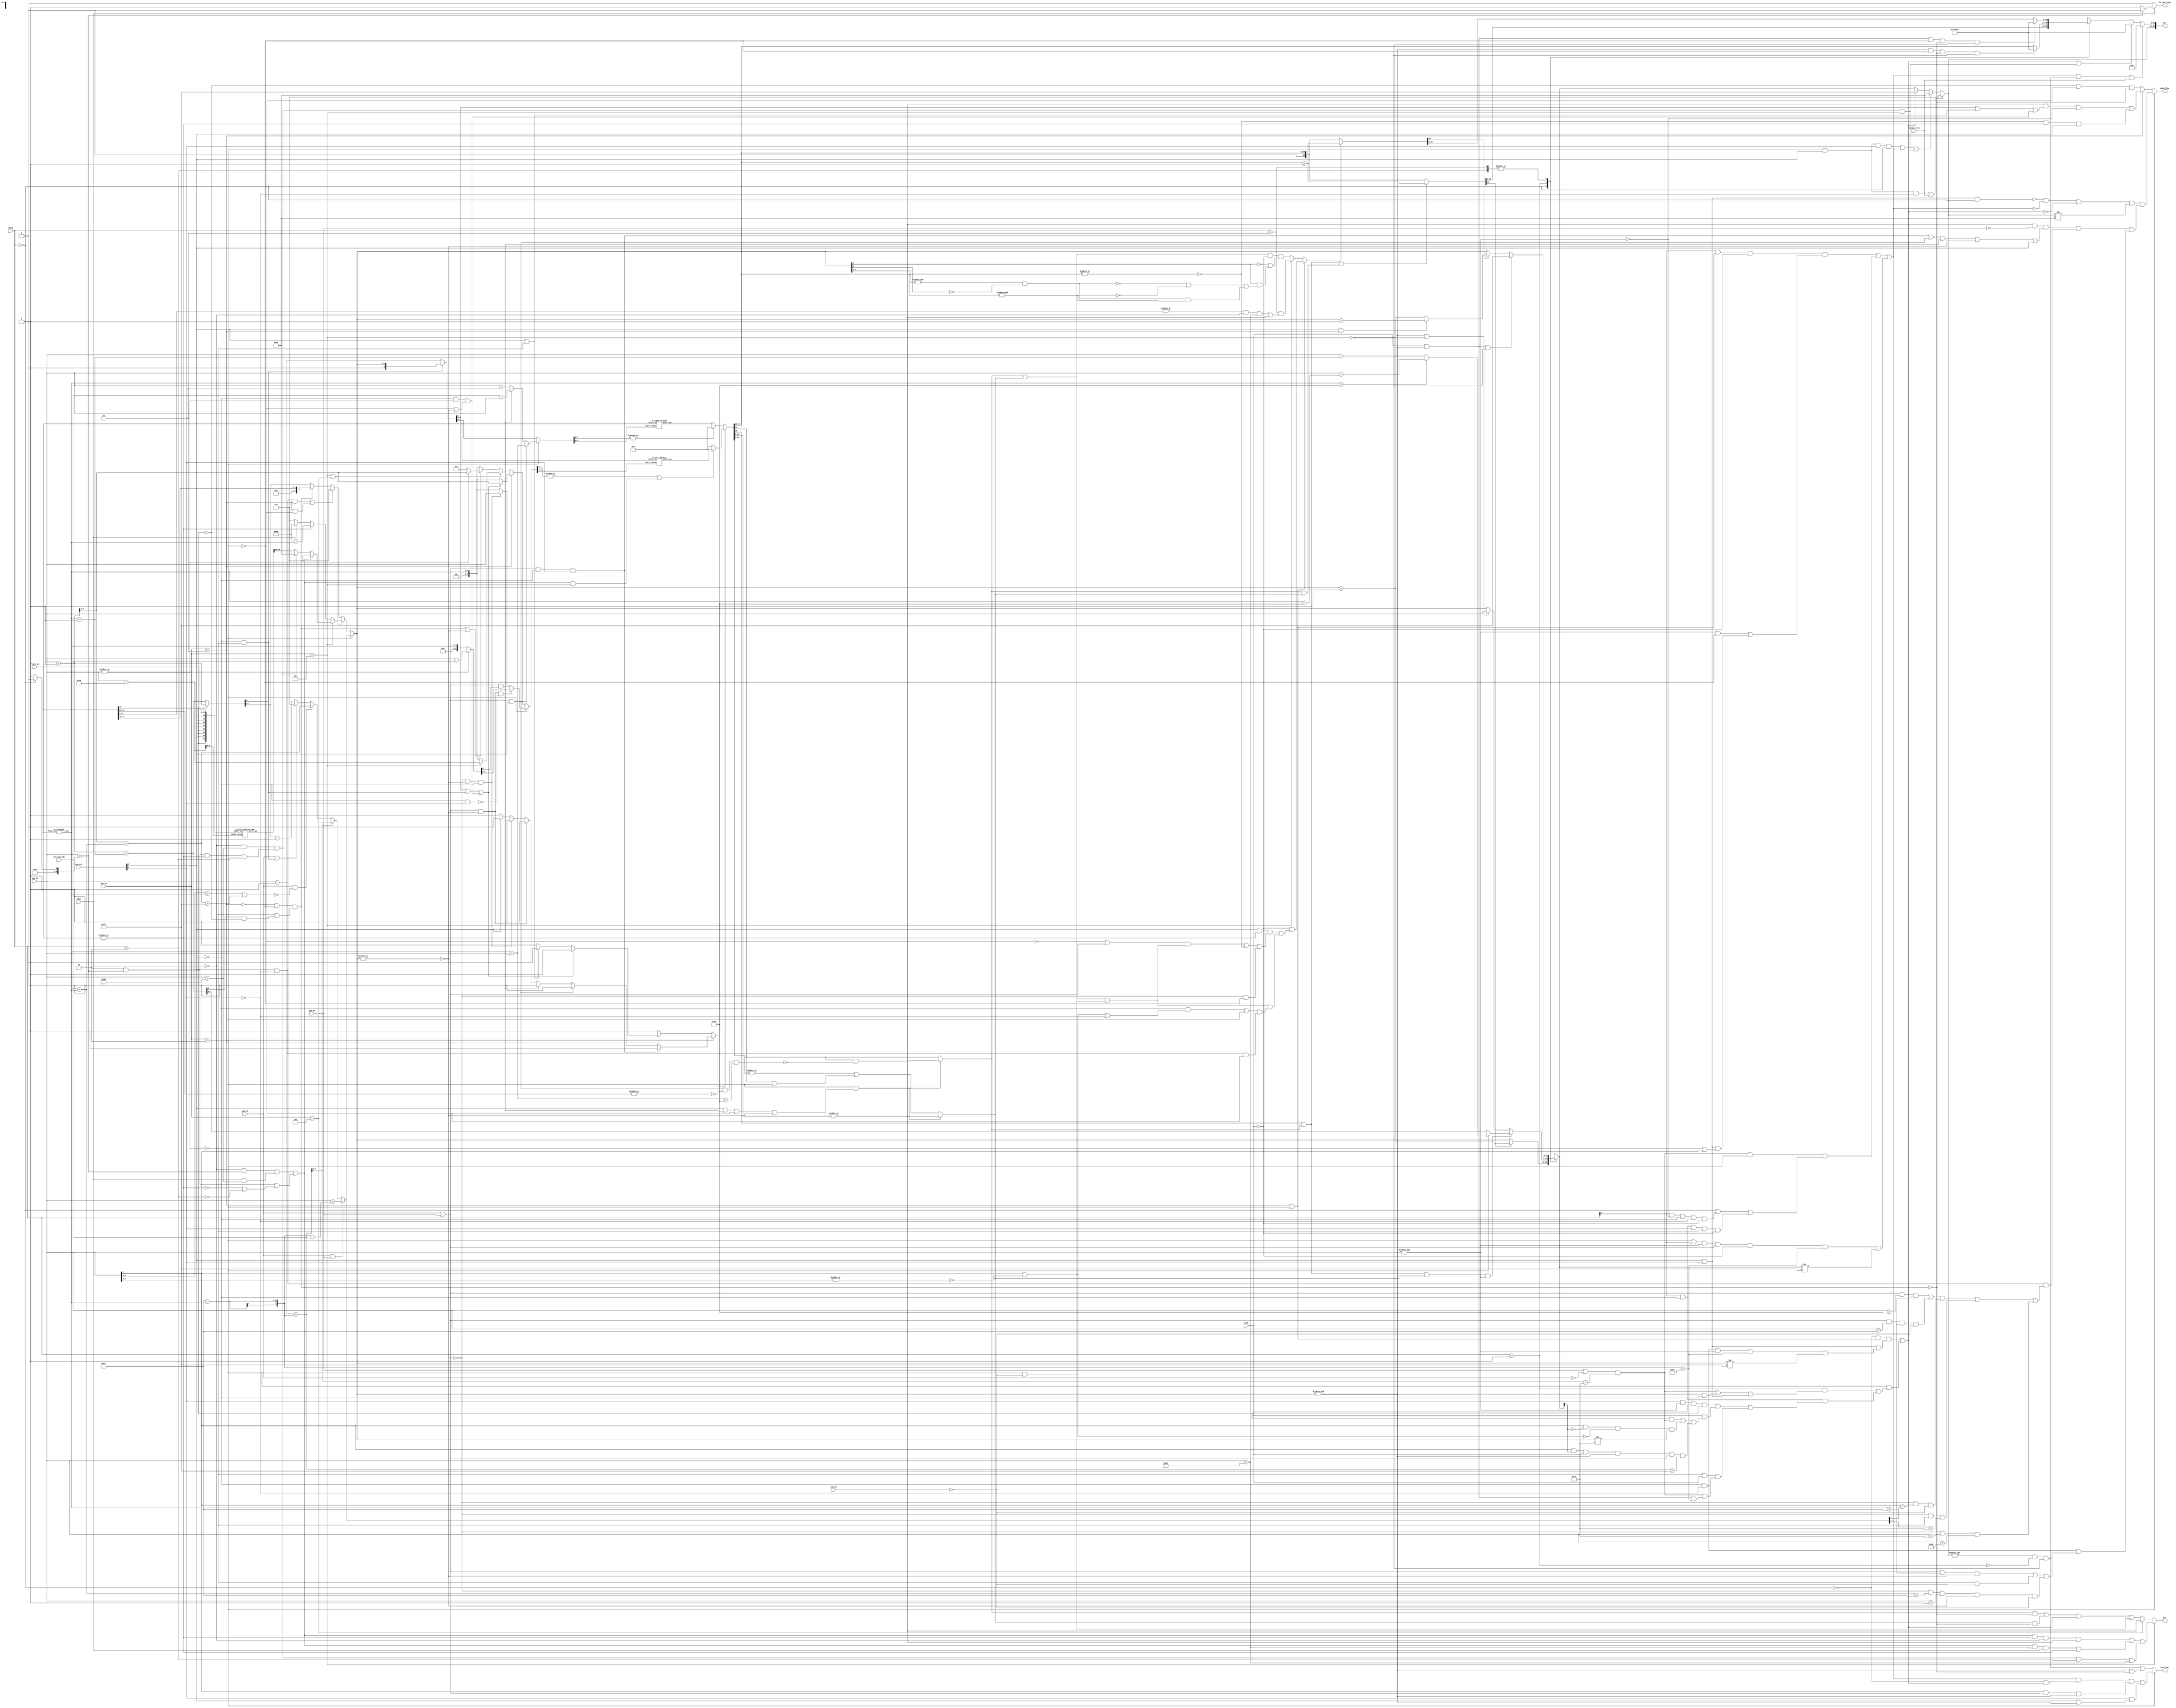
`define BITS 32         // Bit width of the operands
`define NumPath 34     

module post_norm( fpu_op, opas, sign, rmode, fract_in, exp_in, exp_ovf,
		opa_dn, opb_dn, rem_00, div_opa_ldz, output_zero, out,
		ine, overflow, underflow, f2i_out_sign);
	input	[2:0]	fpu_op;
	input		opas;
	input		sign;
	input	[1:0]	rmode;
	input	[47:0]	fract_in;
	input	[7:0]	exp_in;
	input	[1:0]	exp_ovf;
	input		opa_dn, opb_dn;
	input		rem_00;
	input	[4:0]	div_opa_ldz;
	input		output_zero;
	output	[30:0]	out;
	output		ine;
	output		overflow, underflow;
	output		f2i_out_sign;

	////////////////////////////////////////////////////////////////////////
	//
	// Local Wires and registers
	//

	wire	[22:0]	fract_out;
	wire	[7:0]	exp_out;
	wire	[30:0]	out;
	wire		exp_out1_co, overflow, underflow;
	wire	[22:0]	fract_out_final;
	reg	[22:0]	fract_out_rnd;
	wire	[8:0]	exp_next_mi;
	wire		dn;
	wire		exp_rnd_adj;
	wire	[7:0]	exp_out_final;
	reg	[7:0]	exp_out_rnd;
	wire		op_dn;

	wire		op_mul;
	wire		op_div;
	wire		op_i2f;
	wire		op_f2i;


	//reg	[5:0]	fi_ldz;
	wire	[5:0]	fi_ldz;

	wire		g, r, s;
	wire		round, round2, round2a, round2_fasu, round2_fmul;
	wire	[7:0]	exp_out_rnd0, exp_out_rnd1, exp_out_rnd2, exp_out_rnd2a;
	wire	[22:0]	fract_out_rnd0, fract_out_rnd1, fract_out_rnd2, fract_out_rnd2a;
	wire		exp_rnd_adj0, exp_rnd_adj2a;
	wire		r_sign;
	wire		ovf0, ovf1;
	wire	[23:0]	fract_out_pl1;
	wire	[7:0]	exp_out_pl1, exp_out_mi1;
	wire		exp_out_00, exp_out_fe, exp_out_ff, exp_in_00, exp_in_ff;
	wire		exp_out_final_ff, fract_out_7fffff;
	wire	[24:0]	fract_trunc;
	wire	[7:0]	exp_out1;
	wire		grs_sel;
	wire		fract_out_00, fract_in_00;
	wire		shft_co;
	wire	[8:0]	exp_in_pl1, exp_in_mi1;
	wire	[47:0]	fract_in_shftr;
	wire	[47:0]	fract_in_shftl;

	// for block shifter
	wire	[47:0]	fract_in_shftr_1;
	wire	[47:0]	fract_in_shftl_1;
	// end for block shifter

	wire	[7:0]	exp_div;
	wire	[7:0]	shft2;
	wire	[7:0]	exp_out1_mi1;
	wire		div_dn;
	wire		div_nr;
	wire		grs_sel_div;

	wire		div_inf;
	wire	[6:0]	fi_ldz_2a;
	wire	[7:0]	fi_ldz_2;
	wire	[7:0]	div_shft1, div_shft2, div_shft3, div_shft4;
	wire		div_shft1_co;
	wire	[8:0]	div_exp1;
	wire	[7:0]	div_exp2, div_exp3;
	wire		left_right, lr_mul, lr_div;
	wire	[7:0]	shift_right, shftr_mul, shftr_div;
	wire	[7:0]	shift_left,  shftl_mul, shftl_div;
	wire	[7:0]	fasu_shift;
	wire	[7:0]	exp_fix_div;

	wire	[7:0]	exp_fix_diva, exp_fix_divb;
	wire	[5:0]	fi_ldz_mi1;
	wire	[5:0]	fi_ldz_mi22;
	wire		exp_zero;
	wire	[6:0]	ldz_all;
	wire	[7:0]	ldz_dif;

	wire	[8:0]	div_scht1a;
	wire	[7:0]	f2i_shft;
	wire	[55:0]	exp_f2i_1;
	wire		f2i_zero, f2i_max;
	wire	[7:0]	f2i_emin;
	wire	[7:0]	conv_shft;
	wire	[7:0]	exp_i2f, exp_f2i, conv_exp;
	wire		round2_f2i;


	assign		op_mul = fpu_op[2:0]==3'b010;
	assign		op_div = fpu_op[2:0]==3'b011;
	assign		op_i2f = fpu_op[2:0]==3'b100;
	assign		op_f2i = fpu_op[2:0]==3'b101;
	assign		op_dn = opa_dn | opb_dn;

	pri_encoder u6(
		.fract_in (fract_in),
		.fi_ldz (fi_ldz)
	);

	// ---------------------------------------------------------------------
	// Normalize

	wire		exp_in_80;
	wire		rmode_00, rmode_01, rmode_10, rmode_11;

	// Misc common signals
	assign exp_in_ff        = &exp_in;
	assign exp_in_00        = !(|exp_in);
	assign exp_in_80	= exp_in[7] & !(|exp_in[6:0]);
	assign exp_out_ff       = &exp_out;
	assign exp_out_00       = !(|exp_out);
	assign exp_out_fe       = &exp_out[7:1] & !exp_out[0];
	assign exp_out_final_ff = &exp_out_final;

	assign fract_out_7fffff = &fract_out;
	assign fract_out_00     = !(|fract_out);
	assign fract_in_00      = !(|fract_in);

	assign rmode_00 = (rmode==2'b00);
	assign rmode_01 = (rmode==2'b01);
	assign rmode_10 = (rmode==2'b10);
	assign rmode_11 = (rmode==2'b11);

	// Fasu Output will be denormalized ...
	assign dn = !op_mul & !op_div & (exp_in_00 | (exp_next_mi[8] & !fract_in[47]) );

	// ---------------------------------------------------------------------
	// Fraction Normalization
	wire[7:0] f2i_emax;
	assign f2i_emax = 8'h9d;
	//parameter	f2i_emax = 8'h9d;

	// Incremented fraction for rounding
	assign fract_out_pl1 = {1'b0, fract_out} + 24'h000001;

	// Special Signals for f2i
	assign f2i_emin = rmode_00 ? 8'h7e : 8'h7f;
	assign f2i_zero = (!opas & (exp_in<f2i_emin)) | (opas & (exp_in>f2i_emax)) | (opas & (exp_in<f2i_emin) & (fract_in_00 | !rmode_11));
	assign f2i_max = (!opas & (exp_in>f2i_emax)) | (opas & (exp_in<f2i_emin) & !fract_in_00 & rmode_11);

	// Calculate various shifting options

	assign {shft_co,shftr_mul} = (!exp_ovf[1] & exp_in_00) ? {1'b0, exp_out} : exp_in_mi1 ;
	assign {div_shft1_co, div_shft1} = exp_in_00 ? {1'b0, div_opa_ldz} : div_scht1a;
	assign div_scht1a = {1'b0, exp_in}-{4'b0, div_opa_ldz}; // 9 bits - includes carry out
	assign div_shft2  = exp_in+8'h02;
	assign div_shft3  = {3'b0, div_opa_ldz}+exp_in;
	assign div_shft4  = {3'b0, div_opa_ldz}-exp_in;

	assign div_dn    = op_dn & div_shft1_co;
	assign div_nr    = op_dn & exp_ovf[1]  & !(|fract_in[46:23]) & (div_shft3>8'h16);

	assign f2i_shft  = exp_in-8'h7d;

	// Select shifting direction
	assign left_right = op_div ? lr_div : op_mul ? lr_mul :1'b1;

	assign lr_div = 	(op_dn & !exp_ovf[1] & exp_ovf[0])     ? 1'b1 :
				(op_dn & exp_ovf[1])                   ? 1'b0 :
				(op_dn & div_shft1_co)                 ? 1'b0 :
				(op_dn & exp_out_00)                   ? 1'b1 :
				(!op_dn & exp_out_00 & !exp_ovf[1])    ? 1'b1 :
				exp_ovf[1]                             ? 1'b0 :
					                                 1'b1;
	assign lr_mul = 	(shft_co | (!exp_ovf[1] & exp_in_00) |
				(!exp_ovf[1] & !exp_in_00 & (exp_out1_co | exp_out_00) )) ? 	1'b1 :
				( exp_ovf[1] | exp_in_00 ) ?					1'b0 :
												1'b1;

	// Select Left and Right shift value
	assign fasu_shift  = (dn | exp_out_00) ? (exp_in_00 ? 8'h02 : exp_in_pl1[7:0]) : {2'h0, fi_ldz};
	assign shift_right = op_div ? shftr_div : shftr_mul;

	assign conv_shft = op_f2i ? f2i_shft : {2'h0, fi_ldz};

	assign shift_left  = op_div ? shftl_div : op_mul ? shftl_mul : (op_f2i | op_i2f) ? conv_shft : fasu_shift;

	assign shftl_mul = 	(shft_co |
				(!exp_ovf[1] & exp_in_00) |
				(!exp_ovf[1] & !exp_in_00 & (exp_out1_co | exp_out_00))) ? exp_in_pl1[7:0] : {2'h0, fi_ldz};

	assign shftl_div = 	( op_dn & exp_out_00 & !(!exp_ovf[1] & exp_ovf[0]))	? div_shft1[7:0] :
				(!op_dn & exp_out_00 & !exp_ovf[1])    			? exp_in[7:0] :
					                                		 {2'h0, fi_ldz};
	assign shftr_div = 	(op_dn & exp_ovf[1])                   ? div_shft3 :
				(op_dn & div_shft1_co)                 ? div_shft4 : div_shft2;
	// Do the actual shifting
	//assign fract_in_shftr   = (|shift_right[7:6])                      ? 0 : fract_in>>shift_right[5:0];
	//assign fract_in_shftl   = (|shift_left[7:6] | (f2i_zero & op_f2i)) ? 0 : fract_in<<shift_left[5:0];

	b_right_shifter u1(
		.shift_in (fract_in),
		.shift_value (shift_right[5:0]),
		.shift_out (fract_in_shftr_1)
	);

	assign fract_in_shftr   = (|shift_right[7:6]) ? 48'b0 : fract_in_shftr_1; // fract_in>>shift_right[5:0];


	b_left_shifter u7(
		.shift_in (fract_in),
		.shift_value (shift_left[5:0]),
		.shift_out (fract_in_shftl_1)
	);

	assign fract_in_shftl   = (|shift_left[7:6] | (f2i_zero & op_f2i)) ? 48'b0 : fract_in_shftl_1; // fract_in<<shift_left[5:0];


	// Chose final fraction output
	assign {fract_out,fract_trunc} = left_right ? fract_in_shftl : fract_in_shftr;

	// ---------------------------------------------------------------------
	// Exponent Normalization

	assign fi_ldz_mi1    = fi_ldz - 6'h01;
	assign fi_ldz_mi22   = fi_ldz - 6'd22;
	assign exp_out_pl1   = exp_out + 8'h01;
	assign exp_out_mi1   = exp_out - 8'h01;
	assign exp_in_pl1    = {1'b0, exp_in}  + 9'd1;	// 9 bits - includes carry out
	assign exp_in_mi1    = {1'b0, exp_in}  - 9'd1;	// 9 bits - includes carry out
	assign exp_out1_mi1  = exp_out1 - 8'h01;

	assign exp_next_mi  = exp_in_pl1 - {3'b0, fi_ldz_mi1};	// 9 bits - includes carry out

	assign exp_fix_diva = exp_in - {2'b0, fi_ldz_mi22};
	assign exp_fix_divb = exp_in - {2'b0, fi_ldz_mi1};

	//assign exp_zero  = (exp_ovf[1] & !exp_ovf[0] & op_mul & (!exp_rnd_adj2a | !rmode[1])) | (op_mul & exp_out1_co);
	assign exp_zero  = (exp_ovf[1] & !exp_ovf[0] & op_mul ) | (op_mul & exp_out1_co);

	assign {exp_out1_co, exp_out1} = fract_in[47] ? exp_in_pl1 : exp_next_mi;

	assign f2i_out_sign =  !opas ? ((exp_in<f2i_emin) ? 1'b0 : (exp_in>f2i_emax) ? 1'b0 : opas) :
				       ((exp_in<f2i_emin) ? 1'b0 : (exp_in>f2i_emax) ? 1'b1 : opas);

	assign exp_i2f   = fract_in_00 ? (opas ? 8'h9e : 8'h00) : (8'h9e-{2'b0, fi_ldz});

	//assign exp_f2i_1 = {{8{fract_in[47]}}, fract_in }<<f2i_shft;
	b_left_shifter_new u3(
		.shift_in ({{8{fract_in[47]}}, fract_in }),
		.shift_value (f2i_shft[5:0]),
		.shift_out (exp_f2i_1)
	);

	assign exp_f2i   = f2i_zero ? 8'h00 : f2i_max ? 8'hff : exp_f2i_1[55:48];
	assign conv_exp  = op_f2i ? exp_f2i : exp_i2f;

	assign exp_out = op_div ? exp_div : (op_f2i | op_i2f) ? conv_exp : exp_zero ? 8'h0 : dn ? {6'h0, fract_in[47:46]} : exp_out1;

	assign ldz_all   = {2'b0, div_opa_ldz} + {1'b0, fi_ldz};
	assign ldz_dif   = fi_ldz_2 - {3'b0, div_opa_ldz};
	assign fi_ldz_2a = 7'd23 - {1'b0,fi_ldz};
	assign fi_ldz_2  = {fi_ldz_2a[6], fi_ldz_2a[6:0]};

	assign div_exp1  = exp_in_mi1 + {1'b0, fi_ldz_2};	// 9 bits - includes carry out

	assign div_exp2  = exp_in_pl1[7:0] - {1'b0, ldz_all};
	assign div_exp3  = exp_in + ldz_dif;

	assign exp_div =(opa_dn & opb_dn)? div_exp3 : opb_dn? div_exp1[7:0] :
			(opa_dn & !( (exp_in[4:0]<div_opa_ldz) | (div_exp2>8'hfe) ))	? div_exp2 :
			(opa_dn | (exp_in_00 & !exp_ovf[1]) )			? 8'h00 :
										  exp_out1_mi1;

	assign div_inf = opb_dn & !opa_dn & (div_exp1[7:0] < 8'h7f);

	// ---------------------------------------------------------------------
	// Round

	// Extract rounding (GRS) bits
	assign grs_sel_div = op_div & (exp_ovf[1] | div_dn | exp_out1_co | exp_out_00);

	assign g = grs_sel_div ? fract_out[0]                   : fract_out[0];
	assign r = grs_sel_div ? (fract_trunc[24] & !div_nr)    : fract_trunc[24];
	assign s = grs_sel_div ? |fract_trunc[24:0]             : (|fract_trunc[23:0] | (fract_trunc[24] & op_div));

	// Round to nearest even
	assign round = (g & r) | (r & s) ;
	assign {exp_rnd_adj0, fract_out_rnd0} = round ? fract_out_pl1 : {1'b0, fract_out};
	assign exp_out_rnd0 =  exp_rnd_adj0 ? exp_out_pl1 : exp_out;
	assign ovf0 = exp_out_final_ff & !rmode_01 & !op_f2i;

	// round to zero
	assign fract_out_rnd1 = (exp_out_ff & !op_div & !dn & !op_f2i) ? 23'h7fffff : fract_out;
	assign exp_fix_div    = (fi_ldz>6'd22) ? exp_fix_diva : exp_fix_divb;
	assign exp_out_rnd1   = (g & r & s & exp_in_ff) ? (op_div ? exp_fix_div : exp_next_mi[7:0]) : (exp_out_ff & !op_f2i) ? exp_in : exp_out;
	assign ovf1 = exp_out_ff & !dn;

	// round to +inf (UP) and -inf (DOWN)
	assign r_sign = sign;

	assign round2a = !exp_out_fe | !fract_out_7fffff | (exp_out_fe & fract_out_7fffff);
	assign round2_fasu = ((r | s) & !r_sign) & (!exp_out[7] | (exp_out[7] & round2a));

	assign round2_fmul = !r_sign & 
			(
				(exp_ovf[1] & !fract_in_00 &
					( ((!exp_out1_co | op_dn) & (r | s | (!rem_00 & op_div) )) | fract_out_00 | (!op_dn & !op_div))
				 ) |
				(
					(r | s | (!rem_00 & op_div)) & (
							(!exp_ovf[1] & (exp_in_80 | !exp_ovf[0])) | op_div |
							( exp_ovf[1] & !exp_ovf[0] & exp_out1_co)
						)
				)
			);

	//assign round2_f2i = rmode_10 & (( |fract_in[23:0] & !opas & (exp_in<8'h80 )) | (|fract_trunc));
	wire temp_fract_in;
	assign temp_fract_in = |fract_in[23:0];
	assign round2_f2i = rmode_10 & (( temp_fract_in & !opas & (exp_in<8'h80 )) | (|fract_trunc));

	assign round2 = (op_mul | op_div) ? round2_fmul : op_f2i ? round2_f2i : round2_fasu;

	assign {exp_rnd_adj2a, fract_out_rnd2a} = round2 ? fract_out_pl1 : {1'b0, fract_out};
	assign exp_out_rnd2a  = exp_rnd_adj2a ? ((exp_ovf[1] & op_mul) ? exp_out_mi1 : exp_out_pl1) : exp_out;

	assign fract_out_rnd2 = (r_sign & exp_out_ff & !op_div & !dn & !op_f2i) ? 23'h7fffff : fract_out_rnd2a;
	assign exp_out_rnd2   = (r_sign & exp_out_ff & !op_f2i) ? 8'hfe      : exp_out_rnd2a;


	// Choose rounding mode

	always @(rmode or exp_out_rnd0 or exp_out_rnd1 or exp_out_rnd2)
		case(rmode)	// synopsys full_case parallel_case
		   2'b00: exp_out_rnd = exp_out_rnd0;
		   2'b01: exp_out_rnd = exp_out_rnd1;
		2'b10: exp_out_rnd = exp_out_rnd2;
		2'b11: exp_out_rnd = exp_out_rnd2;
		endcase

	always @(rmode or fract_out_rnd0 or fract_out_rnd1 or fract_out_rnd2)
		case (rmode)	// synopsys full_case parallel_case
			2'b00: fract_out_rnd = fract_out_rnd0;
			2'b01: fract_out_rnd = fract_out_rnd1;
			2'b10: fract_out_rnd = fract_out_rnd2;
			2'b11: fract_out_rnd = fract_out_rnd2;
		endcase

	// ---------------------------------------------------------------------
	// Final Output Mux
	// Fix Output for denormalized and special numbers
	wire	max_num, inf_out;

	assign	max_num =  ( !rmode_00 & (op_mul | op_div ) & (
								  ( exp_ovf[1] &  exp_ovf[0]) |
								  (!exp_ovf[1] & !exp_ovf[0] & exp_in_ff & (fi_ldz_2<8'd24) & (exp_out!=8'hfe) )
								  )
			   ) |

			   ( op_div & (
					   ( rmode_01 & ( div_inf |
								 (exp_out_ff & !exp_ovf[1] ) |
								 (exp_ovf[1] &  exp_ovf[0] )
							)
					   ) |
		
					   ( rmode[1] & !exp_ovf[1] & (
									   ( exp_ovf[0] & exp_in_ff & r_sign & fract_in[47]
									   ) |
						
									   (  r_sign & (
											(fract_in[47] & div_inf) |
											(exp_in[7] & !exp_out_rnd[7] & !exp_in_80 & exp_out!=8'h7f ) |
											(exp_in[7] &  exp_out_rnd[7] & r_sign & exp_out_ff & op_dn &
												 div_exp1>9'h0fe )
											)
									   ) |

									   ( exp_in_00 & r_sign & (
													div_inf |
													(r_sign & exp_out_ff & fi_ldz_2<8'h18)
												  )
									   )
								       )
					  )
				    )
			   );


	assign inf_out = (rmode[1] & (op_mul | op_div) & !r_sign & (	(exp_in_ff & !op_div) |
									(exp_ovf[1] & exp_ovf[0] & (exp_in_00 | exp_in[7]) ) 
								   )
			) | (div_inf & op_div & (
					 rmode_00 |
					(rmode[1] & !exp_in_ff & !exp_ovf[1] & !exp_ovf[0] & !r_sign ) |
					(rmode[1] & !exp_ovf[1] & exp_ovf[0] & exp_in_00 & !r_sign)
					)
			) | (op_div & rmode[1] & exp_in_ff & op_dn & !r_sign & (fi_ldz_2 < 8'd24)  & (exp_out_rnd!=8'hfe) );

	assign fract_out_final =	(inf_out | ovf0 | output_zero ) ? 23'h000000 :
					(max_num | (f2i_max & op_f2i) ) ? 23'h7fffff :
					fract_out_rnd;

	assign exp_out_final =	((op_div & exp_ovf[1] & !exp_ovf[0]) | output_zero ) ? 8'h00 :
				((op_div & exp_ovf[1] &  exp_ovf[0] & rmode_00) | inf_out | (f2i_max & op_f2i) ) ? 8'hff :
				max_num ? 8'hfe :
				exp_out_rnd;


	// ---------------------------------------------------------------------
	// Pack Result

	assign out = {exp_out_final, fract_out_final};

	// ---------------------------------------------------------------------
	// Exceptions
	wire		underflow_fmul;
	wire		overflow_fdiv;
	wire		undeflow_div;

	wire		z;
	assign		z =	shft_co | ( exp_ovf[1] |  exp_in_00) |
				(!exp_ovf[1] & !exp_in_00 & (exp_out1_co | exp_out_00));

	assign underflow_fmul = ( (|fract_trunc) & z & !exp_in_ff ) |
				(fract_out_00 & !fract_in_00 & exp_ovf[1]);


	assign undeflow_div =	!(exp_ovf[1] &  exp_ovf[0] & rmode_00) & !inf_out & !max_num & exp_out_final!=8'hff & (

				((|fract_trunc) & !opb_dn & (
								( op_dn & !exp_ovf[1] & exp_ovf[0])	|
								( op_dn &  exp_ovf[1])			|
								( op_dn &  div_shft1_co)		| 
								  exp_out_00				|
								  exp_ovf[1]
							  )

				) |

				( exp_ovf[1] & !exp_ovf[0] & (
								(  op_dn & exp_in>8'h16 & fi_ldz<6'd23) |
								(  op_dn & exp_in<8'd23 & fi_ldz<6'd23 & !rem_00) |
								( !op_dn & (exp_in[7]==exp_div[7]) & !rem_00) |
								( !op_dn & exp_in_00 & (exp_div[7:1]==7'h7f) ) |
								( !op_dn & exp_in<8'h7f & exp_in>8'h20 )
								)
				) |

				(!exp_ovf[1] & !exp_ovf[0] & (
								( op_dn & fi_ldz<6'd23 & exp_out_00) |
								( exp_in_00 & !rem_00) |
								( !op_dn & ldz_all<7'd23 & exp_in==8'h01 & exp_out_00 & !rem_00)
								)
				)

				);

	assign underflow = op_div ? undeflow_div : op_mul ? underflow_fmul : (!fract_in[47] & exp_out1_co) & !dn;

	assign overflow_fdiv =	inf_out |
				(!rmode_00 & max_num) |
				(exp_in[7] & op_dn & exp_out_ff) |
				(exp_ovf[0] & (exp_ovf[1] | exp_out_ff) );

	assign overflow  = op_div ? overflow_fdiv : (ovf0 | ovf1);

	wire		f2i_ine;
	assign f2i_ine =	(f2i_zero & !fract_in_00 & !opas) |
				(|fract_trunc) |
				(f2i_zero & (exp_in<8'h80) & opas & !fract_in_00) |
				(f2i_max & rmode_11 & (exp_in<8'h80));



	assign ine =	op_f2i ? f2i_ine :
			op_i2f ? (|fract_trunc) :
			((r & !dn) | (s & !dn) | max_num | (op_div & !rem_00));
endmodule
module b_left_shifter_new (
	shift_in,
	shift_value,
	shift_out
);

input [55:0] shift_in;
input [5:0] shift_value;
output [55:0] shift_out;
reg [55:0] shift_out;

always @(shift_value)
begin
	case (shift_value)	
		6'b000000: shift_out = shift_in;
		6'b000001: shift_out = shift_in << 1;
		6'b000010: shift_out = shift_in << 2;
		6'b000011: shift_out = shift_in << 3;
		6'b000100: shift_out = shift_in << 4;
		6'b000101: shift_out = shift_in << 5;
		6'b000110: shift_out = shift_in << 6;
		6'b000111: shift_out = shift_in << 7;		
		6'b001000: shift_out = shift_in << 8;
		6'b001001: shift_out = shift_in << 9;
		6'b001010: shift_out = shift_in << 10;
		6'b001011: shift_out = shift_in << 11;
		6'b001100: shift_out = shift_in << 12;
		6'b001101: shift_out = shift_in << 13;
		6'b001110: shift_out = shift_in << 14;
		6'b001111: shift_out = shift_in << 15;		
		6'b010000: shift_out = shift_in << 16;
		6'b010001: shift_out = shift_in << 17;
		6'b010010: shift_out = shift_in << 18;
		6'b010011: shift_out = shift_in << 19;
		6'b010100: shift_out = shift_in << 20;
		6'b010101: shift_out = shift_in << 21;
		6'b010110: shift_out = shift_in << 22;
		6'b010111: shift_out = shift_in << 23;		
		6'b011000: shift_out = shift_in << 24;
		6'b011001: shift_out = shift_in << 25;
		6'b011010: shift_out = shift_in << 26;
		6'b011011: shift_out = shift_in << 27;
		6'b011100: shift_out = shift_in << 28;
		6'b011101: shift_out = shift_in << 29;
		6'b011110: shift_out = shift_in << 30;
		6'b011111: shift_out = shift_in << 31;		
		6'b100000: shift_out = shift_in << 32;
		6'b100001: shift_out = shift_in << 33;
		6'b100010: shift_out = shift_in << 34;
		6'b100011: shift_out = shift_in << 35;
		6'b100100: shift_out = shift_in << 36;
		6'b100101: shift_out = shift_in << 37;
		6'b100110: shift_out = shift_in << 38;
		6'b100111: shift_out = shift_in << 39;		
		6'b101000: shift_out = shift_in << 40;
		6'b101001: shift_out = shift_in << 41;
		6'b101010: shift_out = shift_in << 42;
		6'b101011: shift_out = shift_in << 43;
		6'b101100: shift_out = shift_in << 44;
		6'b101101: shift_out = shift_in << 45;
		6'b101110: shift_out = shift_in << 46;
		6'b101111: shift_out = shift_in << 47;	
		6'b110000: shift_out = shift_in << 48;
		6'b110001: shift_out = shift_in << 49;	
		6'b110010: shift_out = shift_in << 50;	
		6'b110011: shift_out = shift_in << 51;	
		6'b110100: shift_out = shift_in << 52;	
		6'b110101: shift_out = shift_in << 53;	
		6'b110110: shift_out = shift_in << 54;	
		6'b110111: shift_out = shift_in << 55;	
		6'b111000: shift_out = shift_in << 56;			
	endcase
end

endmodule 
module b_left_shifter (
	shift_in,
	shift_value,
	shift_out
);

input [47:0] shift_in;
input [5:0] shift_value;
output [47:0] shift_out;
reg [47:0] shift_out;

always @(shift_value)
begin
	case (shift_value)	
		6'b000000: shift_out = shift_in;
		6'b000001: shift_out = shift_in << 1;
		6'b000010: shift_out = shift_in << 2;
		6'b000011: shift_out = shift_in << 3;
		6'b000100: shift_out = shift_in << 4;
		6'b000101: shift_out = shift_in << 5;
		6'b000110: shift_out = shift_in << 6;
		6'b000111: shift_out = shift_in << 7;		
		6'b001000: shift_out = shift_in << 8;
		6'b001001: shift_out = shift_in << 9;
		6'b001010: shift_out = shift_in << 10;
		6'b001011: shift_out = shift_in << 11;
		6'b001100: shift_out = shift_in << 12;
		6'b001101: shift_out = shift_in << 13;
		6'b001110: shift_out = shift_in << 14;
		6'b001111: shift_out = shift_in << 15;		
		6'b010000: shift_out = shift_in << 16;
		6'b010001: shift_out = shift_in << 17;
		6'b010010: shift_out = shift_in << 18;
		6'b010011: shift_out = shift_in << 19;
		6'b010100: shift_out = shift_in << 20;
		6'b010101: shift_out = shift_in << 21;
		6'b010110: shift_out = shift_in << 22;
		6'b010111: shift_out = shift_in << 23;		
		6'b011000: shift_out = shift_in << 24;
		6'b011001: shift_out = shift_in << 25;
		6'b011010: shift_out = shift_in << 26;
		6'b011011: shift_out = shift_in << 27;
		6'b011100: shift_out = shift_in << 28;
		6'b011101: shift_out = shift_in << 29;
		6'b011110: shift_out = shift_in << 30;
		6'b011111: shift_out = shift_in << 31;		
		6'b100000: shift_out = shift_in << 32;
		6'b100001: shift_out = shift_in << 33;
		6'b100010: shift_out = shift_in << 34;
		6'b100011: shift_out = shift_in << 35;
		6'b100100: shift_out = shift_in << 36;
		6'b100101: shift_out = shift_in << 37;
		6'b100110: shift_out = shift_in << 38;
		6'b100111: shift_out = shift_in << 39;		
		6'b101000: shift_out = shift_in << 40;
		6'b101001: shift_out = shift_in << 41;
		6'b101010: shift_out = shift_in << 42;
		6'b101011: shift_out = shift_in << 43;
		6'b101100: shift_out = shift_in << 44;
		6'b101101: shift_out = shift_in << 45;
		6'b101110: shift_out = shift_in << 46;
		6'b101111: shift_out = shift_in << 47;	
		6'b110000: shift_out = shift_in << 48;
		
	endcase
end

endmodule 
module b_right_shifter (
	shift_in,
	shift_value,
	shift_out
);

input [47:0] shift_in;
input [5:0] shift_value;
output [47:0] shift_out;
reg [47:0] shift_out; 

always @(shift_value)
begin
	case (shift_value)	
		6'b000000: shift_out = shift_in;
		6'b000001: shift_out = shift_in >> 1;
		6'b000010: shift_out = shift_in >> 2;
		6'b000011: shift_out = shift_in >> 3;
		6'b000100: shift_out = shift_in >> 4;
		6'b000101: shift_out = shift_in >> 5;
		6'b000110: shift_out = shift_in >> 6;
		6'b000111: shift_out = shift_in >> 7;		
		6'b001000: shift_out = shift_in >> 8;
		6'b001001: shift_out = shift_in >> 9;
		6'b001010: shift_out = shift_in >> 10;
		6'b001011: shift_out = shift_in >> 11;
		6'b001100: shift_out = shift_in >> 12;
		6'b001101: shift_out = shift_in >> 13;
		6'b001110: shift_out = shift_in >> 14;
		6'b001111: shift_out = shift_in >> 15;		
		6'b010000: shift_out = shift_in >> 16;
		6'b010001: shift_out = shift_in >> 17;
		6'b010010: shift_out = shift_in >> 18;
		6'b010011: shift_out = shift_in >> 19;
		6'b010100: shift_out = shift_in >> 20;
		6'b010101: shift_out = shift_in >> 21;
		6'b010110: shift_out = shift_in >> 22;
		6'b010111: shift_out = shift_in >> 23;		
		6'b011000: shift_out = shift_in >> 24;
		6'b011001: shift_out = shift_in >> 25;
		6'b011010: shift_out = shift_in >> 26;
		6'b011011: shift_out = shift_in >> 27;
		6'b011100: shift_out = shift_in >> 28;
		6'b011101: shift_out = shift_in >> 29;
		6'b011110: shift_out = shift_in >> 30;
		6'b011111: shift_out = shift_in >> 31;		
		6'b100000: shift_out = shift_in >> 32;
		6'b100001: shift_out = shift_in >> 33;
		6'b100010: shift_out = shift_in >> 34;
		6'b100011: shift_out = shift_in >> 35;
		6'b100100: shift_out = shift_in >> 36;
		6'b100101: shift_out = shift_in >> 37;
		6'b100110: shift_out = shift_in >> 38;
		6'b100111: shift_out = shift_in >> 39;		
		6'b101000: shift_out = shift_in >> 40;
		6'b101001: shift_out = shift_in >> 41;
		6'b101010: shift_out = shift_in >> 42;
		6'b101011: shift_out = shift_in >> 43;
		6'b101100: shift_out = shift_in >> 44;
		6'b101101: shift_out = shift_in >> 45;
		6'b101110: shift_out = shift_in >> 46;
		6'b101111: shift_out = shift_in >> 47;	
		6'b110000: shift_out = shift_in >> 48;
		
	endcase
end

//assign shift_out = shift_in >> shift_value;

endmodule 
module pri_encoder ( fract_in, fi_ldz );

input [47:0] fract_in;
output [5:0] fi_ldz;
reg [5:0] fi_ldz_r0;

assign fi_ldz = fi_ldz_r0;

always @(fract_in)
begin
	if (fract_in[47:47] == 1'b1) 
		 fi_ldz_r0 = 6'd1;
	else if (fract_in[47:46] == 2'b01) 
		 fi_ldz_r0 = 6'd2;
	else if (fract_in[47:45] == 3'b001) 
		 fi_ldz_r0 = 6'd3;
	else if (fract_in[47:44] == 4'b0001) 
		 fi_ldz_r0 = 6'd4;
	else if (fract_in[47:43] == 5'b00001) 
		 fi_ldz_r0 = 6'd5;
	else if (fract_in[47:42] == 6'b000001) 
		 fi_ldz_r0 = 6'd6;
	else if (fract_in[47:41] == 7'b0000001) 
		 fi_ldz_r0 = 6'd7;
	else if (fract_in[47:40] == 8'b00000001) 
		 fi_ldz_r0 = 6'd8;
	else if (fract_in[47:39] == 9'b000000001) 
		 fi_ldz_r0 = 6'd9;
	else if (fract_in[47:38] == 10'b0000000001) 
		 fi_ldz_r0 = 6'd10;
	else if (fract_in[47:37] == 11'b00000000001) 
		 fi_ldz_r0 = 6'd11;
	else if (fract_in[47:36] == 12'b000000000001) 
		 fi_ldz_r0 = 6'd12;
	else if (fract_in[47:35] == 13'b0000000000001) 
		 fi_ldz_r0 = 6'd13;
	else if (fract_in[47:34] == 14'b00000000000001) 
		 fi_ldz_r0 = 6'd14;
	else if (fract_in[47:33] == 15'b000000000000001) 
		 fi_ldz_r0 = 6'd15;
	else if (fract_in[47:32] == 16'b0000000000000001) 
		 fi_ldz_r0 = 6'd16;
	else if (fract_in[47:31] == 17'b00000000000000001) 
		 fi_ldz_r0 = 6'd17;
	else if (fract_in[47:30] == 18'b000000000000000001) 
		 fi_ldz_r0 = 6'd18;
	else if (fract_in[47:29] == 19'b0000000000000000001) 
		 fi_ldz_r0 = 6'd19;
	else if (fract_in[47:28] == 20'b00000000000000000001) 
		 fi_ldz_r0 = 6'd20;
	else if (fract_in[47:27] == 21'b000000000000000000001) 
		 fi_ldz_r0 = 6'd21;
	else if (fract_in[47:26] == 22'b0000000000000000000001) 
		 fi_ldz_r0 = 6'd22;
	else if (fract_in[47:25] == 23'b00000000000000000000001) 
		 fi_ldz_r0 = 6'd23;
	else if (fract_in[47:24] == 24'b000000000000000000000001) 
		 fi_ldz_r0 = 6'd24;
	else if (fract_in[47:23] == 25'b0000000000000000000000001) 
		 fi_ldz_r0 = 6'd25;
	else if (fract_in[47:22] == 26'b00000000000000000000000001) 
		 fi_ldz_r0 = 6'd26;
	else if (fract_in[47:21] == 27'b000000000000000000000000001) 
		 fi_ldz_r0 = 6'd27;
	else if (fract_in[47:20] == 28'b0000000000000000000000000001) 
		 fi_ldz_r0 = 6'd28;
	else if (fract_in[47:19] == 29'b00000000000000000000000000001) 
		 fi_ldz_r0 = 6'd29;
	else if (fract_in[47:18] == 30'b000000000000000000000000000001) 
		 fi_ldz_r0 = 6'd30;
	else if (fract_in[47:17] == 31'b0000000000000000000000000000001) 
		 fi_ldz_r0 = 6'd31;
	else if (fract_in[47:16] == 32'b00000000000000000000000000000001) 
		 fi_ldz_r0 = 6'd32;
	else if (fract_in[47:15] == 33'b000000000000000000000000000000001) 
		 fi_ldz_r0 = 6'd33;
	else if (fract_in[47:14] == 34'b0000000000000000000000000000000001) 
		 fi_ldz_r0 = 6'd34;
	else if (fract_in[47:13] == 35'b00000000000000000000000000000000001) 
		 fi_ldz_r0 = 6'd35;
	else if (fract_in[47:12] == 36'b000000000000000000000000000000000001) 
		 fi_ldz_r0 = 6'd36;
	else if (fract_in[47:11] == 37'b0000000000000000000000000000000000001) 
		 fi_ldz_r0 = 6'd37;
	else if (fract_in[47:10] == 38'b00000000000000000000000000000000000001) 
		 fi_ldz_r0 = 6'd38;
	else if (fract_in[47:9]  == 39'b000000000000000000000000000000000000001) 
		 fi_ldz_r0 = 6'd39;
	else if (fract_in[47:8]  == 40'b0000000000000000000000000000000000000001) 
		 fi_ldz_r0 = 6'd40;
	else if (fract_in[47:7]  == 41'b00000000000000000000000000000000000000001) 
		 fi_ldz_r0 = 6'd41;
	else if (fract_in[47:6]  == 42'b000000000000000000000000000000000000000001) 
		 fi_ldz_r0 = 6'd42;
	else if (fract_in[47:5]  == 43'b0000000000000000000000000000000000000000001) 
		 fi_ldz_r0 = 6'd43;
	else if (fract_in[47:4]  == 44'b00000000000000000000000000000000000000000001) 
		 fi_ldz_r0 = 6'd44;
	else if (fract_in[47:3]  == 45'b000000000000000000000000000000000000000000001) 
		 fi_ldz_r0 = 6'd45;
	else if (fract_in[47:2]  == 46'b0000000000000000000000000000000000000000000001) 
		 fi_ldz_r0 = 6'd46;
	else if (fract_in[47:1]  == 47'b00000000000000000000000000000000000000000000001) 
		 fi_ldz_r0 = 6'd47;
	else if (fract_in[47:0]  == 48'b000000000000000000000000000000000000000000000001) 
		 fi_ldz_r0 = 6'd48;
	else if (fract_in[47:0]  == 48'b000000000000000000000000000000000000000000000000) 
		 fi_ldz_r0 = 6'd48;
end

endmodule